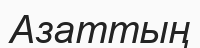
Азаттың